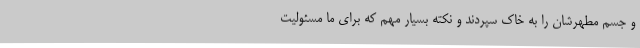
و جسم مطهرشان را به خاک سپردند و نکته بسیار مهم که برای ما مسئولیت